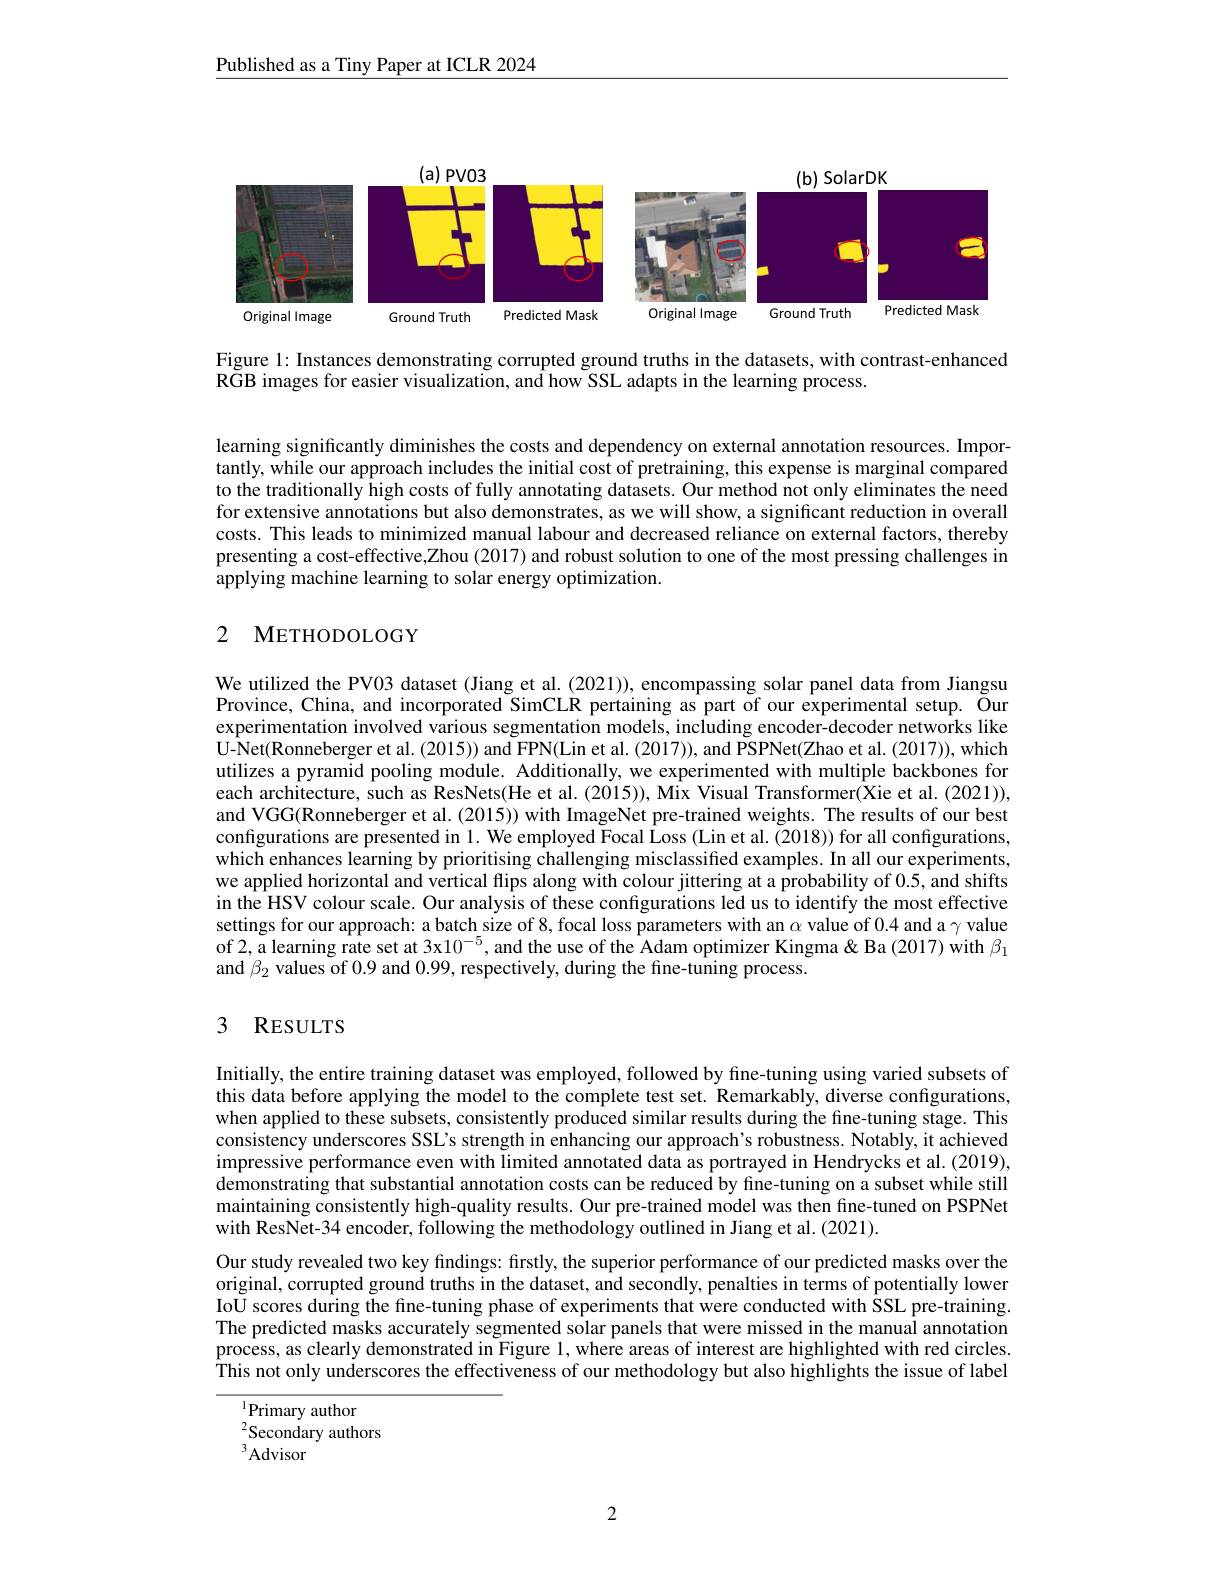
Published as a Tiny Paper at ICLR 2024

<FigureHere>

Figure 1: Instances demonstrating corrupted ground truths in the datasets, with contrast-enhanced
RGB images for easier visualization, and how SSL adapts in the learning process.

learning significantly diminishes the costs and dependency on external annotation resources. Importantly, while our approach includes the initial cost of pretraining, this expense is marginal compared to the traditionally high costs of fully annotating datasets. Our method not only eliminates the need for extensive annotations but also demonstrates, as we will show, a significant reduction in overall costs. This leads to minimized manual labour and decreased reliance on external factors, thereby presenting a cost-effective,Zhou (2017) and robust solution to one of the most pressing challenges in applying machine learning to solar energy optimization.

### 2 METHODOLOGY

We utilized the PV03 dataset (Jiang et al. (2021)), encompassing solar panel data from Jiangsu Province, China, and incorporated SimCLR pertaining as part of our experimental setup. Our experimentation involved various segmentation models, including encoder-decoder networks like U-Net(Ronneberger et al. (2015)) and FPN(Lin et al. (2017)), and PSPNet(Zhao et al. (2017)), which utilizes a pyramid pooling module. Additionally, we experimented with multiple backbones for each architecture, such as ResNets(He et al. (2015)), Mix Visual Transformer(Xie et al. (2021)), and VGG(Ronneberger et al. (2015)) with ImageNet pre-trained weights. The results of our best configurations are presented in 1. We employed Focal Loss (Lin et al. (2018)) for all configurations, which enhances learning by prioritising challenging misclassified examples. In all our experiments, we applied horizontal and vertical flips along with colour jittering at a probability of 0.5, and shifts in the HSV colour scale. Our analysis of these configurations led us to identify the most effective settings for our approach: a batch size of 8, focal loss parameters with an $\alpha$ value of 0.4 and a $\gamma$ value of 2, a learning rate set at 3x10$^{-5}$, and the use of the Adam optimizer Kingma& Ba (2017) with $\beta_1$ and $\beta_2$ values of 0.9 and 0.99, respectively, during the fine-tuning process.

### 3 RESULTS

Initially, the entire training dataset was employed, followed by fine-tuning using varied subsets of this data before applying the model to the complete test set. Remarkably, diverse configurations, when applied to these subsets, consistently produced similar results during the fine-tuning stage. This consistency underscores SSL's strength in enhancing our approach's robustness. Notably, it achieved impressive performance even with limited annotated data as portrayed in Hendrycks et al. (2019), $\hat{\text{demonstrating that substantial annotation costs can be reduced by fine-tuning on a subset while still}}$ maintaining consistently high-quality results. Our pre-trained model was then fine-tuned on PSPNet with ResNet-34 encoder, following the methodology outlined in Jiang et al. (2021).
Our study revealed two key findings: firstly, the superior performance of our predicted masks over the original, corrupted ground truths in the dataset, and secondly, penalties in terms of potentially lower IoU scores during the fine-tuning phase of experiments that were conducted with SSL pre-training. The predicted masks accurately segmented solar panels that were missed in the manual annotation process, as clearly demonstrated in Figure 1, where areas of interest are highlighted with red circles. $\hat{\text{This not only underscores the effectiveness of our methodology but also highlights the issue of label}}$

$^{1}$Primary author
${}^2$Secondary authors
$^3Advisor$